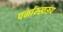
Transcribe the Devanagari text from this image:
पर्नाम्स्वरूप